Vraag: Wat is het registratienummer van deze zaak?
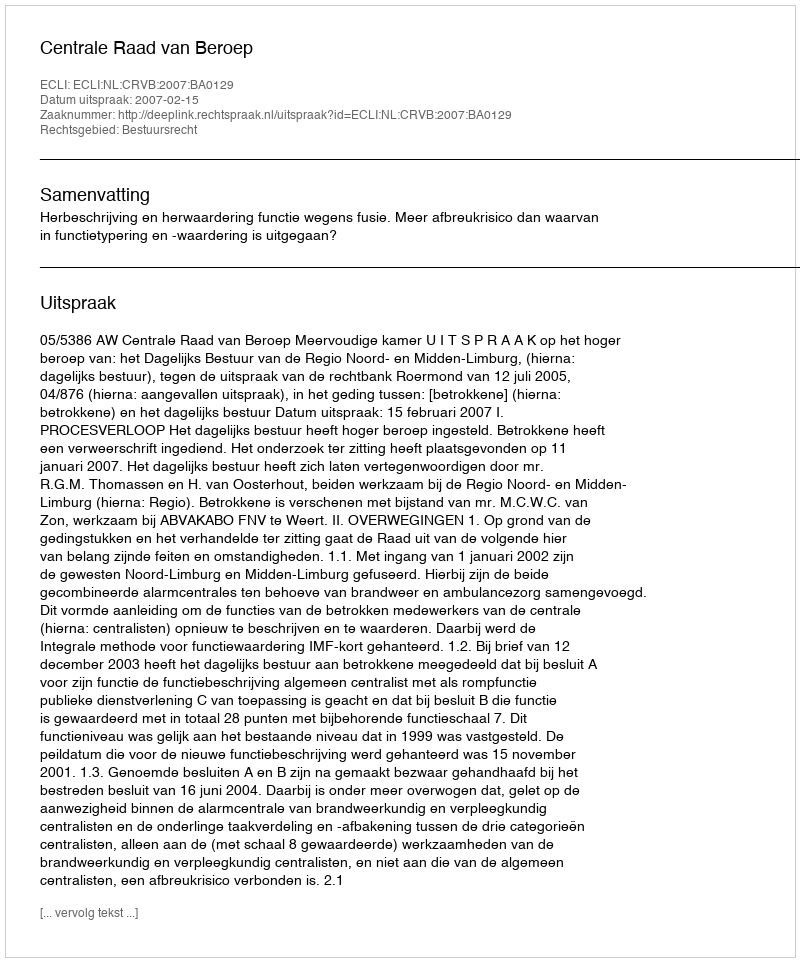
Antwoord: http://deeplink.rechtspraak.nl/uitspraak?id=ECLI:NL:CRVB:2007:BA0129